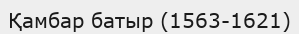
Қамбар батыр (1563-1621)